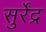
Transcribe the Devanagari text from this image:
सुर्रेंद्र